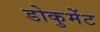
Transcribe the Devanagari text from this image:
डोकुमेंट